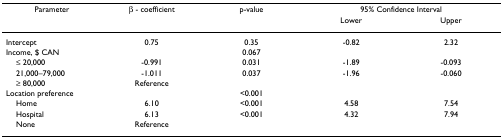
<table><thead><tr><td><b>Parameter</b></td><td><b>β - coefficient</b></td><td><b>p-value</b></td><td colspan="2"><b>95% Confidence Interval</b></td></tr><tr><td></td><td></td><td></td><td><b>Lower</b></td><td><b>Upper</b></td></tr></thead><tbody><tr><td>Intercept</td><td>0.75</td><td>0.35</td><td>-0.82</td><td>2.32</td></tr><tr><td>Income, $ CAN</td><td></td><td>0.067</td><td></td><td></td></tr><tr><td> ≤ 20,000</td><td>-0.991</td><td>0.031</td><td>-1.89</td><td>-0.093</td></tr><tr><td> 21,000–79,000</td><td>-1.011</td><td>0.037</td><td>-1.96</td><td>-0.060</td></tr><tr><td> ≥ 80,000</td><td>Reference</td><td></td><td></td><td></td></tr><tr><td>Location preference</td><td></td><td>&lt;0.001</td><td></td><td></td></tr><tr><td> Home</td><td>6.10</td><td>&lt;0.001</td><td>4.58</td><td>7.54</td></tr><tr><td> Hospital</td><td>6.13</td><td>&lt;0.001</td><td>4.32</td><td>7.94</td></tr><tr><td> None</td><td>Reference</td><td></td><td></td><td></td></tr></tbody></table>